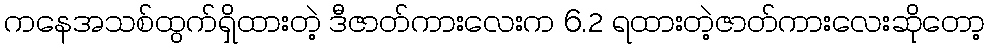
ကနေအသစ်ထွက်ရှိထားတဲ့ ဒီဇာတ်ကားလေးက 6.2 ရထားတဲ့ဇာတ်ကားလေးဆိုတော့